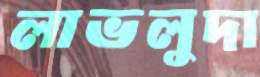
লাভলুদা